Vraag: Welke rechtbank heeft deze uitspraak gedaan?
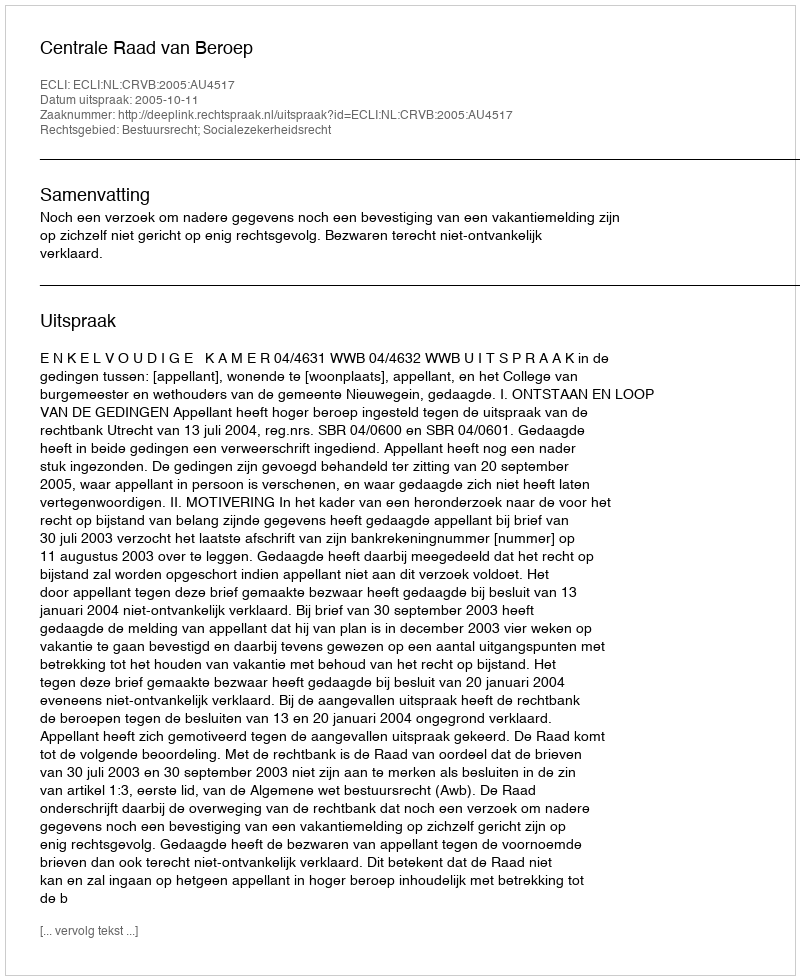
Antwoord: Centrale Raad van Beroep